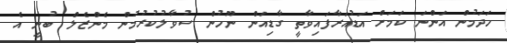
ހަދަމުން އަންނަ ކަމަށް އަޑުއަރާފައިވާތީ ގާޑިއަން ނޫހުން ސުވާލުކުރުމުން މެންޒެލް ބުނީ އެ